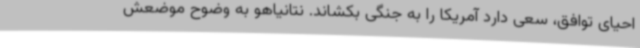
احیای توافق، سعی دارد آمریکا را به جنگی بکشاند. نتانیاهو به وضوح موضعش